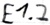
Text: E1.2